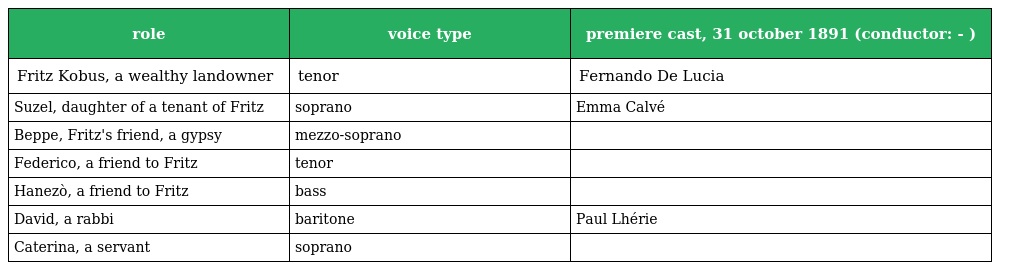
| role | voice type | premiere cast, 31 october 1891 (conductor: - ) |
 | --- | --- | --- |
 | Fritz Kobus, a wealthy landowner | tenor | Fernando De Lucia |
 | Suzel, daughter of a tenant of Fritz | soprano | Emma Calvé |
 | Beppe, Fritz's friend, a gypsy | mezzo-soprano |  |
 | Federico, a friend to Fritz | tenor |  |
 | Hanezò, a friend to Fritz | bass |  |
 | David, a rabbi | baritone | Paul Lhérie |
 | Caterina, a servant | soprano |  |